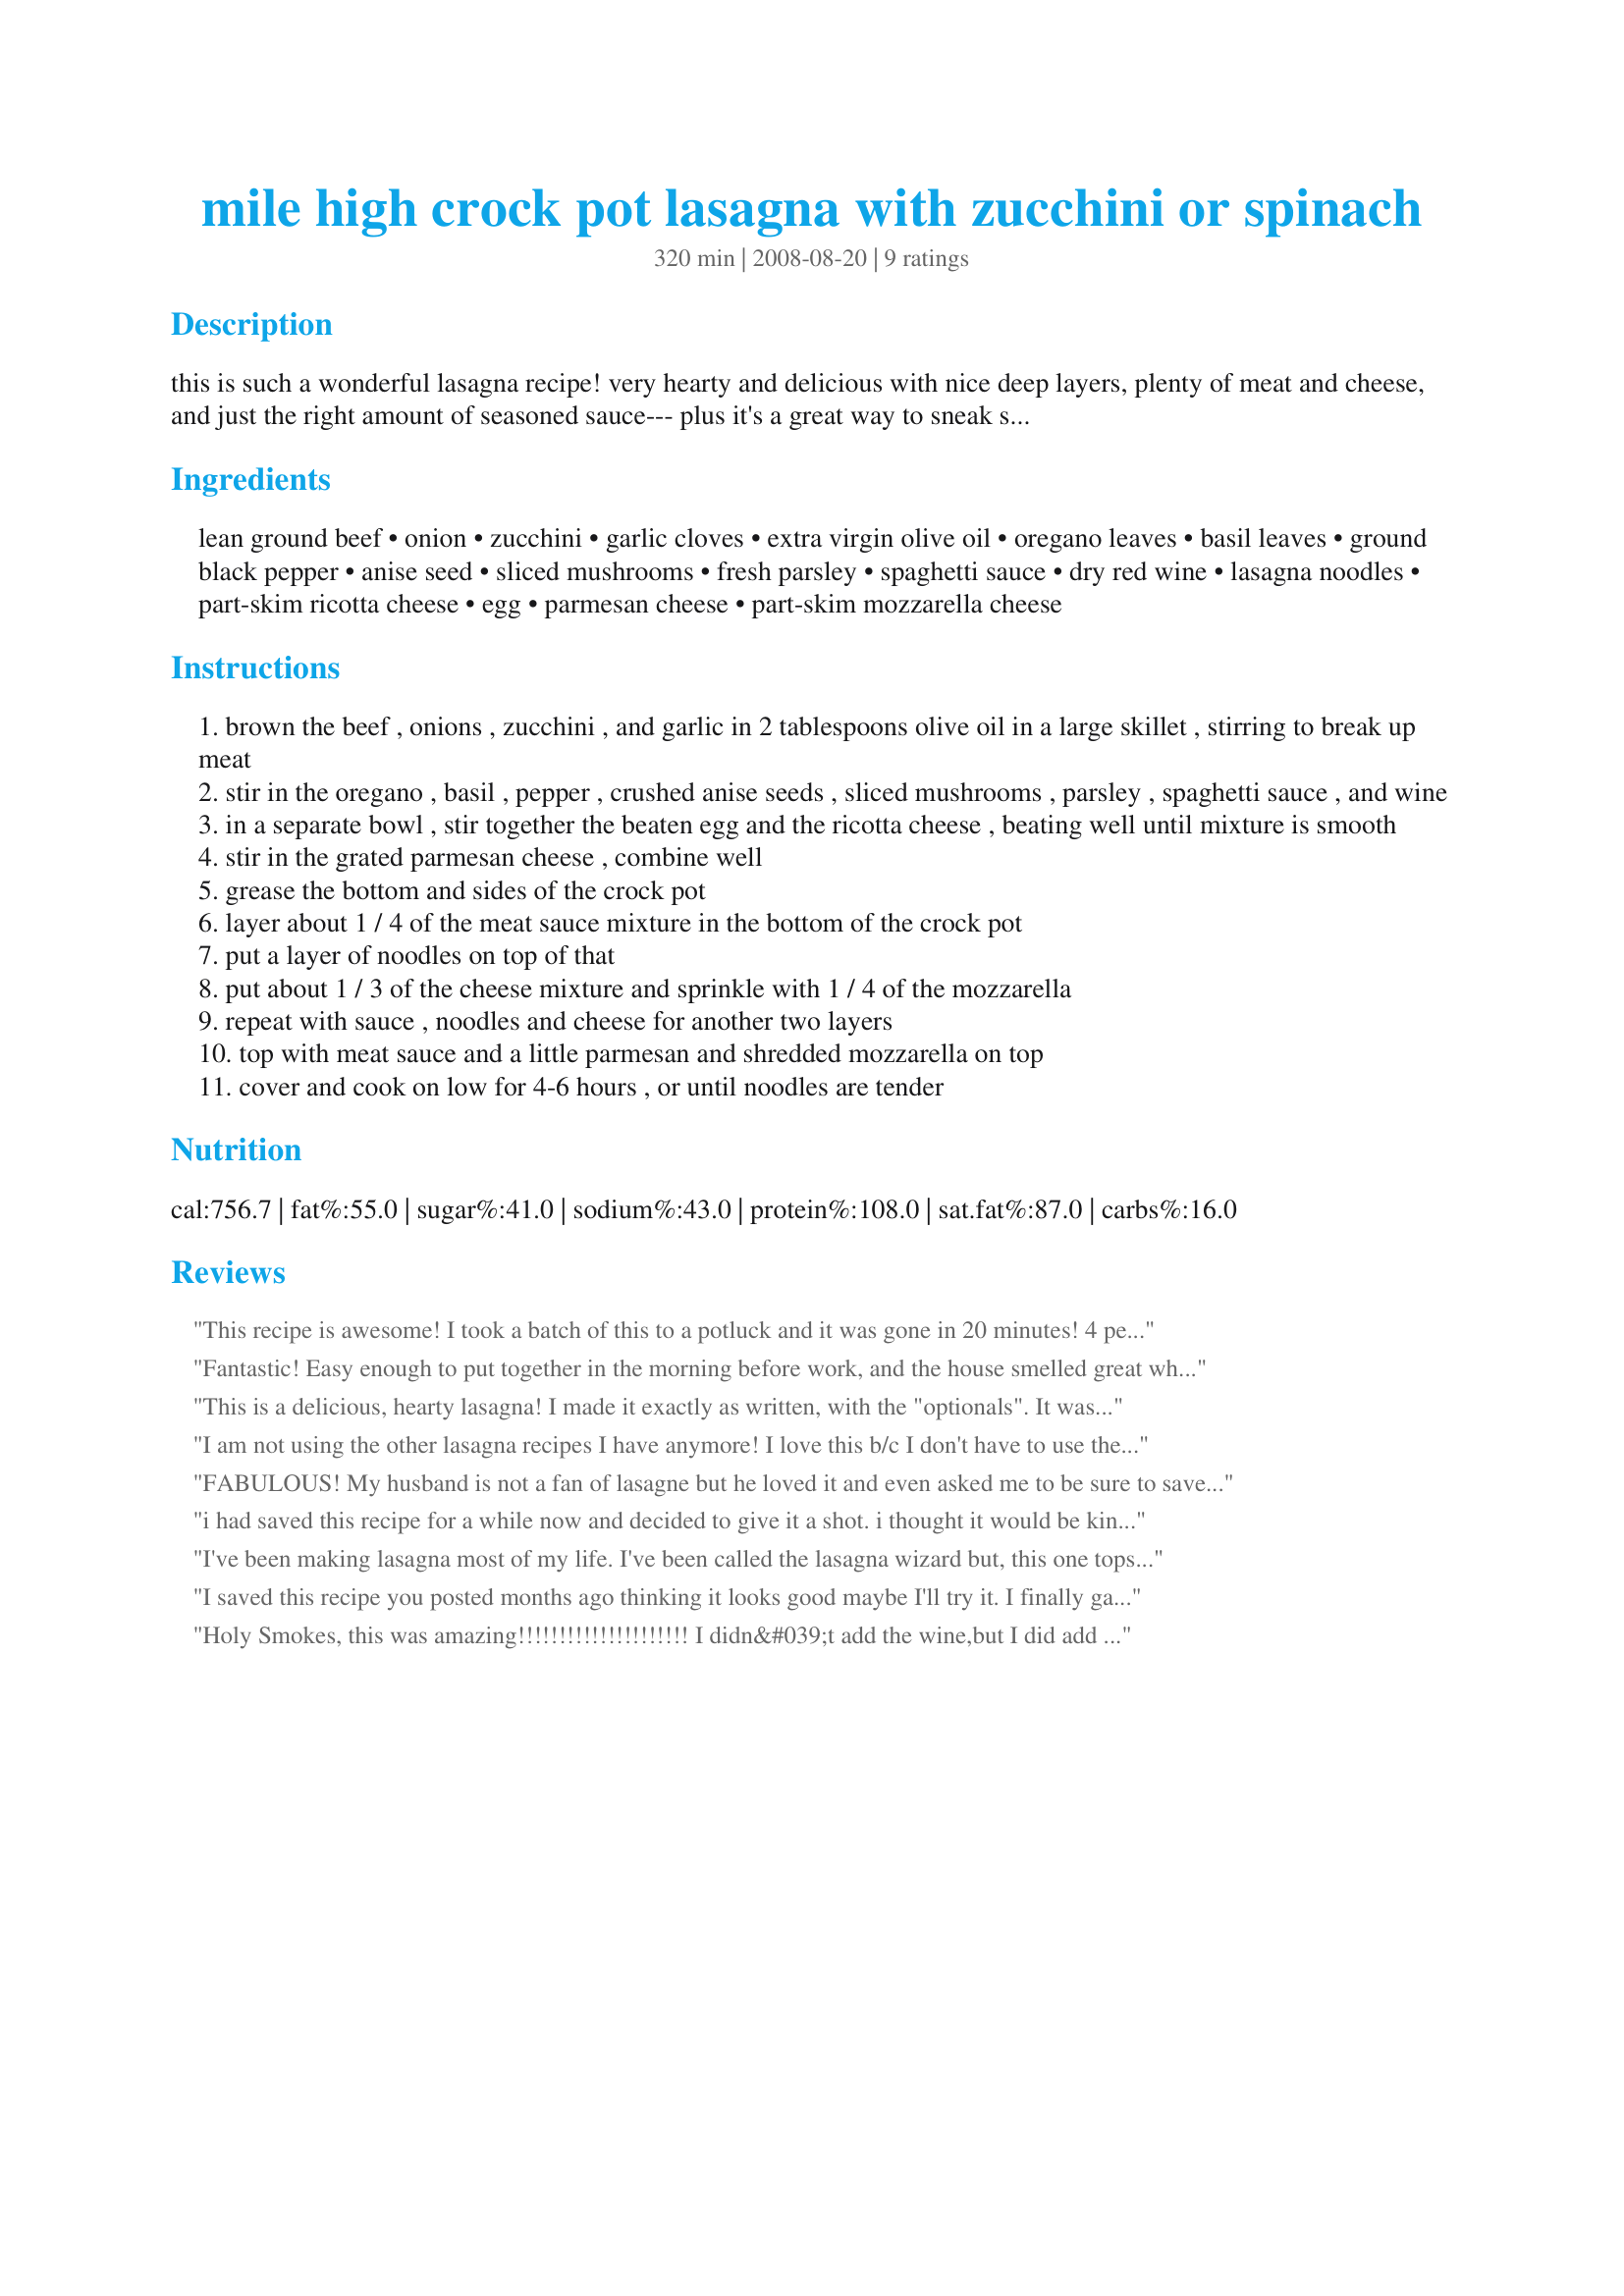
mile high crock pot lasagna with zucchini or spinach
Preparation time: 320 minutes

this is such a wonderful lasagna recipe! very hearty and delicious with nice deep layers, plenty of meat and cheese, and just the right amount of seasoned sauce--- plus it's a great way to sneak some veggies into your family's meal!! very easy to prepare, and any leftovers are great reheated the next day. equally good with chopped spinach or zucchini.

Ingredients:
lean ground beef, onion, zucchini, garlic cloves, extra virgin olive oil, oregano leaves, basil leaves, ground black pepper, anise seed, sliced mushrooms, fresh parsley, spaghetti sauce, dry red wine, lasagna noodles, part-skim ricotta cheese, egg, parmesan cheese, part-skim mozzarella cheese

Steps:
brown the beef , onions , zucchini , and garlic in 2 tablespoons olive oil in a large skillet , stirring to break up meat
stir in the oregano , basil , pepper , crushed anise seeds , sliced mushrooms , parsley , spaghetti sauce , and wine
in a separate bowl , stir together the beaten egg and the ricotta cheese , beating well until mixture is smooth
stir in the grated parmesan cheese , combine well
grease the bottom and sides of the crock pot
layer about 1 / 4 of the meat sauce mixture in the bottom of the crock pot
put a layer of noodles on top of that
put about 1 / 3 of the cheese mixture and sprinkle with 1 / 4 of the mozzarella
repeat with sauce , noodles and cheese for another two layers
top with meat sauce and a little parmesan and shredded mozzarella on top
cover and cook on low for 4-6 hours , or until noodles are tender

Reviews:
This recipe is awesome! I took a batch of this to a potluck and it was gone in 20 minutes! 4 people asked me for the recipe. I used all the suggested ingredients. I doubled the amount of canned mushrooms and I added 1 lb of Italian sausage. Also, I doubled the amount of wine because I like the flavor it adds. I'm getting ready to make a batch for at home because it was so good. Thanks for this recipe.
Fantastic! Easy enough to put together in the morning before work, and the house smelled great when we got home. Hearty and delectable. Thanks!
This is a delicious, hearty lasagna! I made it exactly as written, with the "optionals". It was wonderful, I wouldn't change a thing! The added bonus was making it in the crockpot! I will definately make this again. Thank you!
I am not using the other lasagna recipes I have anymore! I love this b/c I don't have to use the oven and heat the whole house (or if it's a cold day, I'm sure I could do this in the oven also...). I used 2 C spinach the first time and the second time I used 3 C and it wasn't too much spinach. I also used ground turkey. Excellent!
FABULOUS! My husband is not a fan of lasagne but he loved it and even asked me to be sure to save the recipe for repeats!! I did not use the fennel seed as I used mild Italian Sausage instead of ground beef, which has fennel already. The only other changes made were that I sauteed the sausage first, to drain well and did not add the zucchini to the sauce, but layered the slices following the sauce layers. I wanted to make sure each bite had zucchini. And as I grated my own mozzarella rather than buying a pre-grated package, probably used a bit more cheese. Again, a FABULOUS recipe.
i had saved this recipe for a while now and decided to give it a shot. i thought it would be kinda soupy in the crockpot, but oh noooooo, it came out firm and tender, i made it with extra meet and made 4 layers- i will make lasagna no other way now!! most excellent!!!
I've been making lasagna most of my life. I've been called the lasagna wizard but, this one tops them all! I use Italian sausage and I use a couple different cheeses in addition to what is mentioned here. This is THE BEST lasagna recipe ever. I look at recipes as a "suggestion" and then go from there. This one is so good, I even converted it to an oven lasagna and it was just as good. Thank you for sharing!!!
I saved this recipe you posted months ago thinking it looks good maybe I'll try it. I finally gave it a whirl but not sure about the veggies inside. I will do lasagna no other way now! I really thing the veggies give it substance and doesn't subtract from the flavors in any way which is what I was originally afraid of. I use Barilla no boil noodles but know from my past experiments you can do the same with regular nooldes laryering them dry and obtain the same great results. BecR this is truly a gem of a recipe and one I will keep. I only hope more poeple with try it. Many Thanks!
Holy Smokes, this was amazing!!!!!!!!!!!!!!!!!!!!! I didn&#039;t add the wine,but I did add chopped up swiss chard and kale. Thanks soooooo much for sharing! Oh, also this was done in 3 hours on low for me.
